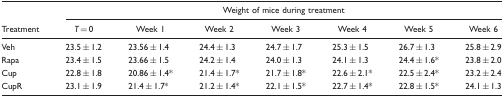
| <ROWSPAN=2> Treatment | <COLSPAN=7> Weight of mice during treatment |
 | T = 0 | Week 1 | Week 2 | Week 3 | Week 4 | Week 5 | Week 6 |
 | --- | --- | --- | --- | --- | --- | --- | --- |
 | Veh | 23.5 ± 1.2 | 23.56 ± 1.4 | 24.4 ± 1.3 | 24.7 ± 1.7 | 25.3 ± 1.5 | 26.7 ± 1.3 | 25.8 ± 2.9 |
 | Rapa | 23.4 ± 1.5 | 23.66 ± 1.5 | 24.2 ± 1.4 | 24.0 ± 1.3 | 24.1 ± 1.3 | 24.4 ± 1.6* | 23.8 ± 2.0 |
 | Cup | 22.8 ± 1.8 | 20.86 ± 1.4* | 21.4 ± 1.7* | 21.7 ± 1.8* | 22.6 ± 2.1* | 22.5 ± 2.4* | 23.2 ± 2.4 |
 | CupR | 23.1 ± 1.9 | 21.4 ± 1.7* | 21.2 ± 1.4* | 22.1 ± 1.5* | 22.7 ± 1.4* | 22.8 ± 1.5* | 24.1 ± 1.3 |